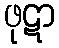
ဖုဋာ